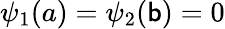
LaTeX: \psi_{1}(a)=\psi_{2}(\mathsf{b})=0